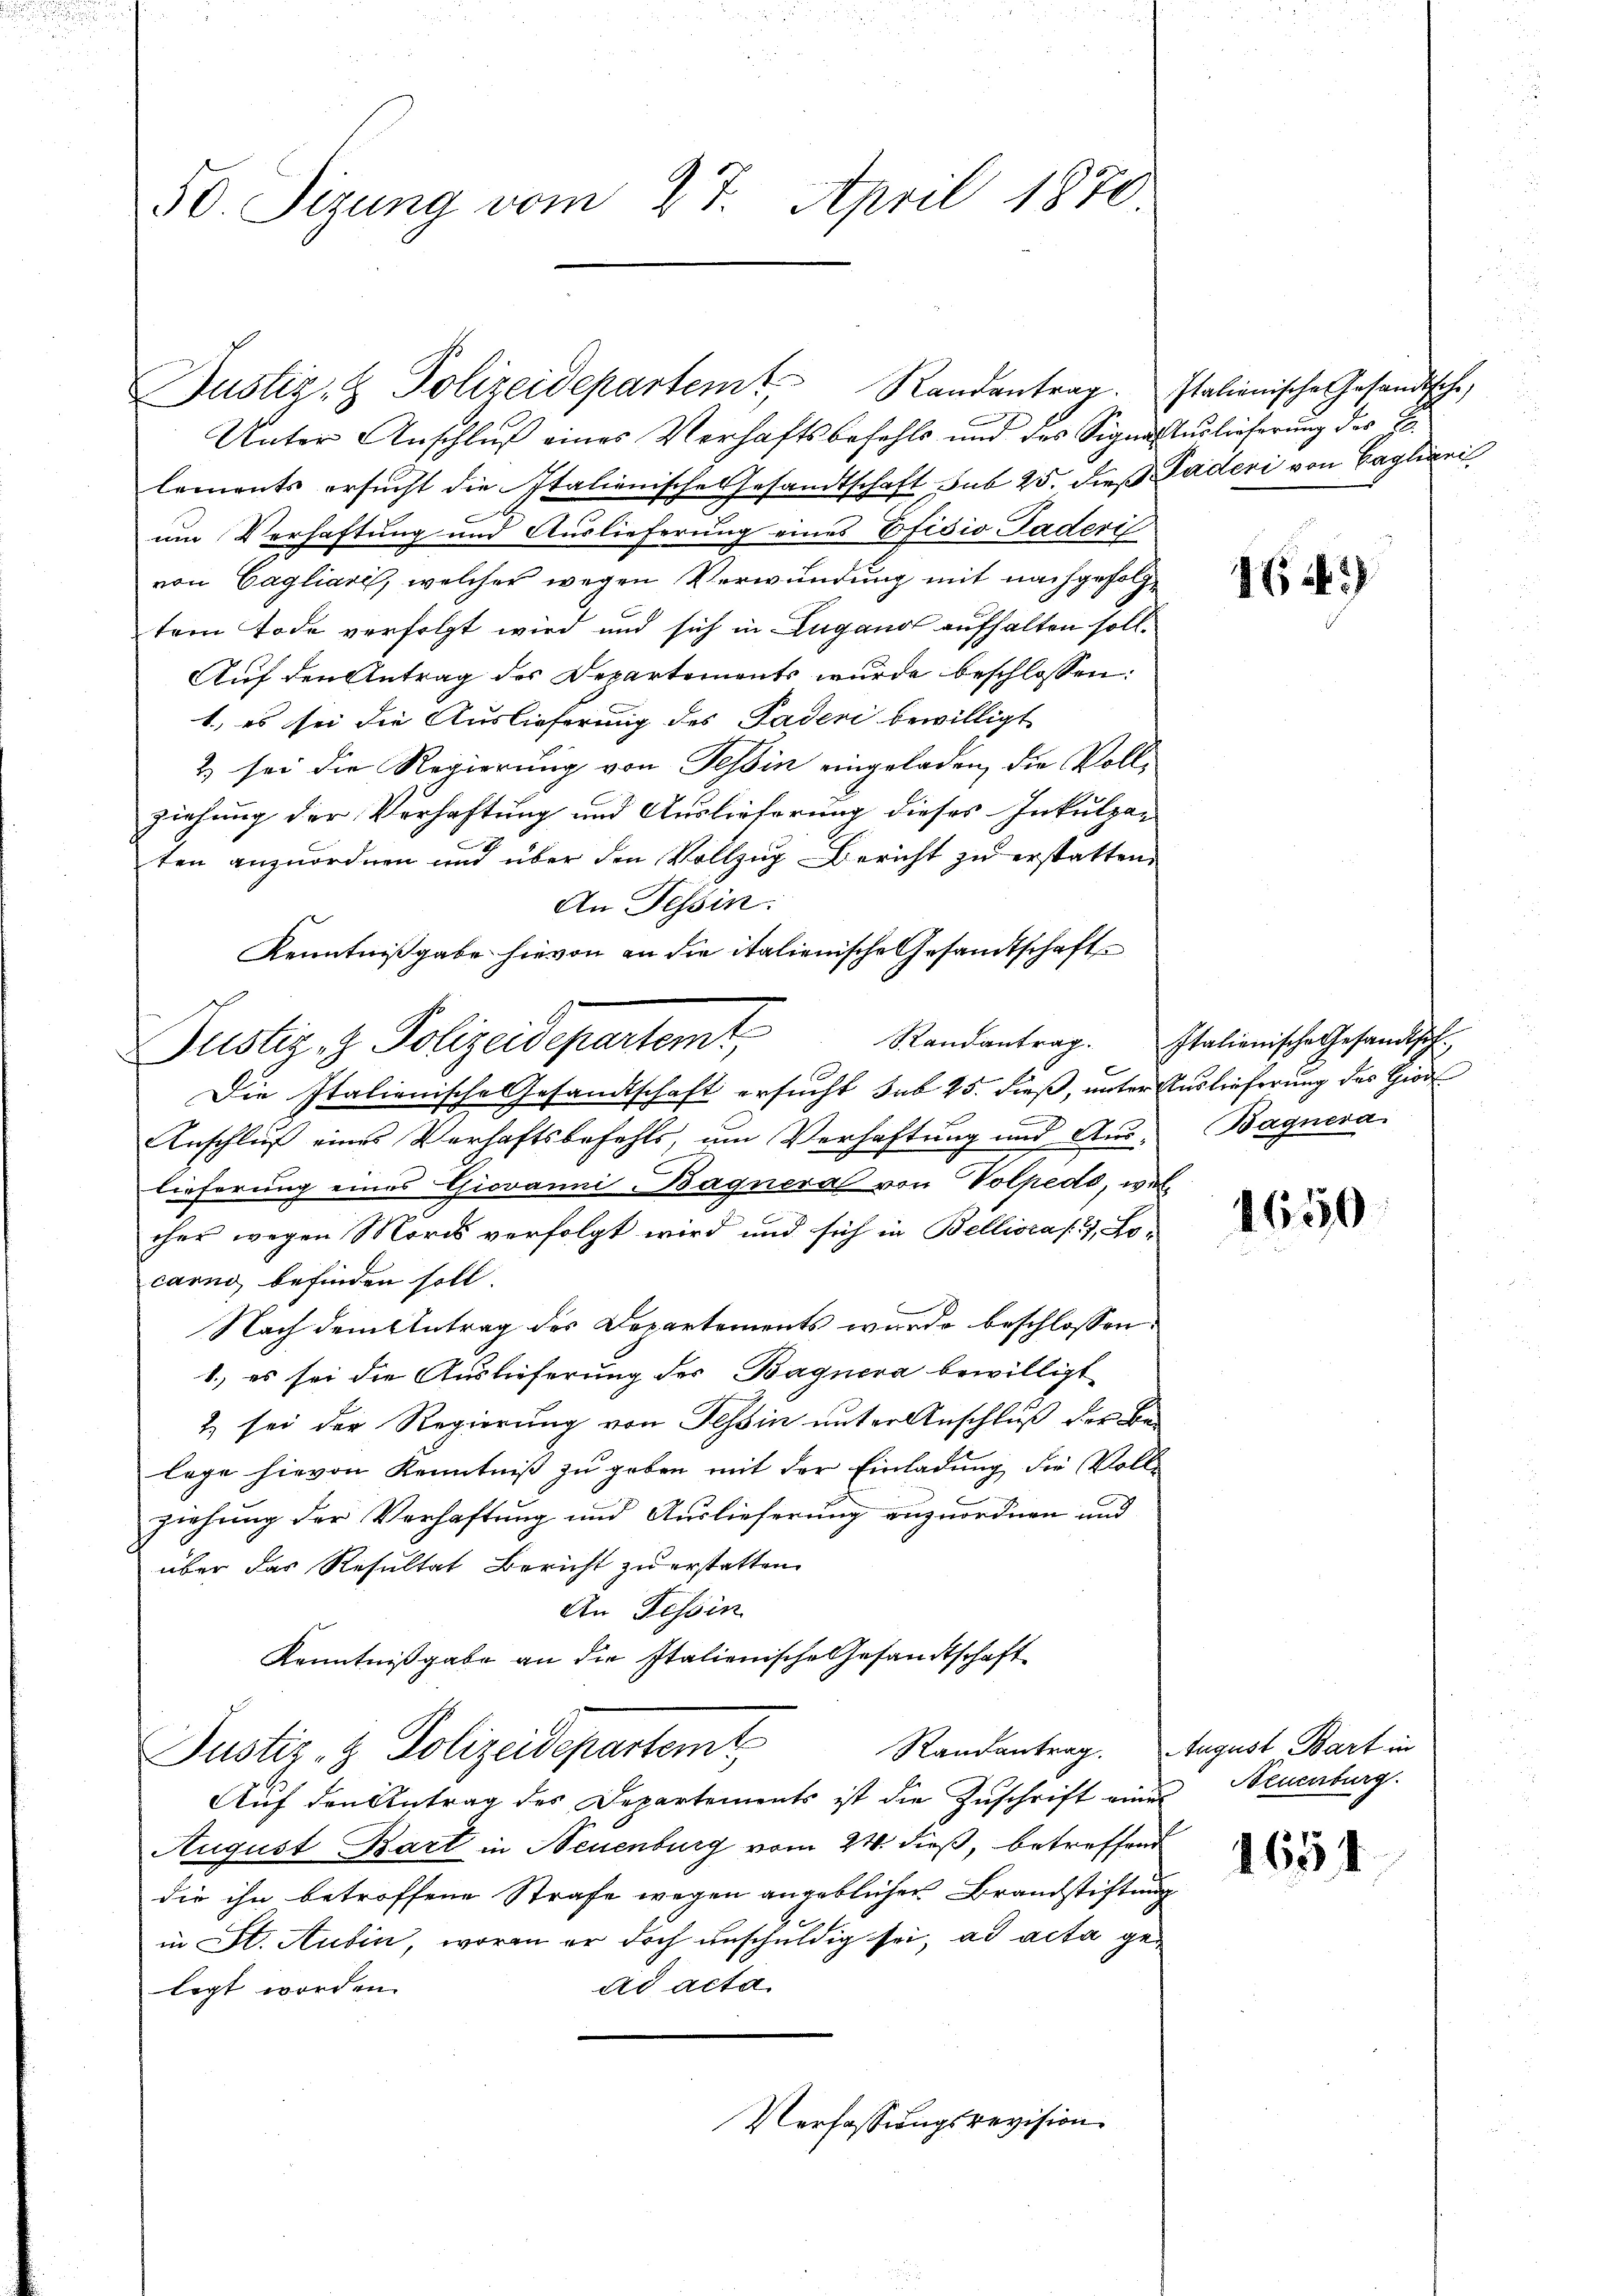
50. Sizung vom 27. April 1870.

Justiz- & Polizeidepartem Randantrag. Italienische Gesandtsche,

Justiz- & Polizeidepartemt,

Unter Anschluß eines Verhaftsbefehls und des Signatuslieferung des E
lements ersucht die Italienische Gesandtschaft sub 25. dieß Paderi von Cagliani
um Verhaftung und Auslieferung eines Efidio Paderi
von Cagliari, welcher wegen Verwundung mit nachgefolgtem Tode verfolgt wird und sich in Lugand aufhalten soll.
Auf den Antrag des Departements wurde beschlossen:
1., es sei die Auslieferung des Paderi bewilligt
2) sei die Regierung von Tessin eingeladen, die Vollziehung der Verhaftung und Auslieferung dieses Inkulpaten anzuordnen und über den Vollzug Bericht zu erstatten.
An Tessin:
Kenntnißgabe hievon an die italienische Gesandtschafte
Die Italienische Gesandtschaft ersucht sub 25. dieß, unter Auslieferung des Gior
Anschluß eines Verhaftsbefehls, um Verhaftung und Aus-
lieferung eines Giovanni Bagneral von Volpedo, welcher wegen Mords verfolgt wird und sich in Bellioraf. 2, Locarno befinden soll.
Nach dem Antrag des Departements wurde beschlossen:
1.) es sei die Auslieferung des Bagnera bewilligt
2) sei der Regierung von Tessin unter Anschluß der Belege hievon Kenntniß zu geben mit der Einladung die Voll-
ziehung der Verhaftung und Auslieferung anzuordnen und
über das Resultat Bericht zu erstatten.
An Tessin
Kenntnißgabe an die Italienische Gesandtschaft
Randantrag. August Bart in
Justiz- & Polizeidepartemt
Auf den Antrag des Departements ist die Zuschrift eines Neuenburg.
August Bart in Neuenburg vom 24. dieß, betreffend
die ihn betroffene Strafe wegen angeblicher Brandstiftung
in St. Aubin, worin er doch unschuldig sei, ad acta gead acta
legt worden.
Verfassungsrevision.

164)

Randantrag. Italienische Gesandtsch
Bagnera

1650

1651.